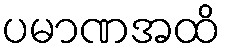
ပမာဏအထိ